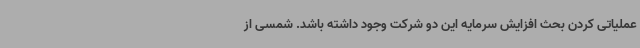
عملیاتی کردن بحث افزایش سرمایه این دو شرکت وجود داشته باشد. شمسی از